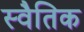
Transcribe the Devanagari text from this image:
स्वैतिक